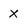
Character: x